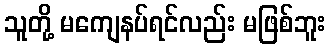
သူတို့ မကျေနပ်ရင်လည်း မဖြစ်ဘူး